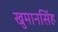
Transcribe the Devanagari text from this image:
खुमानसिंह